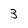
Character: 3